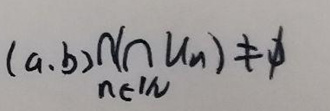
$(a,b)\cap(\bigcap_{n\in\mathbb{N}} U_n)\neq\varnothing$